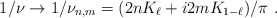
\begin{align*}1/\nu \rightarrow 1/\nu _{n,m}=(2nK_{\ell }+i2mK_{1-\ell })/\pi ~.\end{align*}